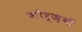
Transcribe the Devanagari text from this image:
मोर्ज़बी